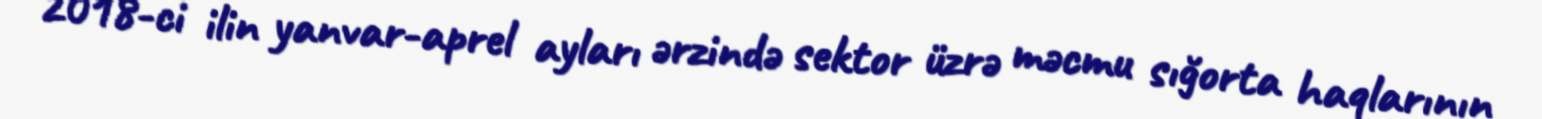
2018-ci ilin yanvar-aprel ayları ərzində sektor üzrə məcmu sığorta haqlarının